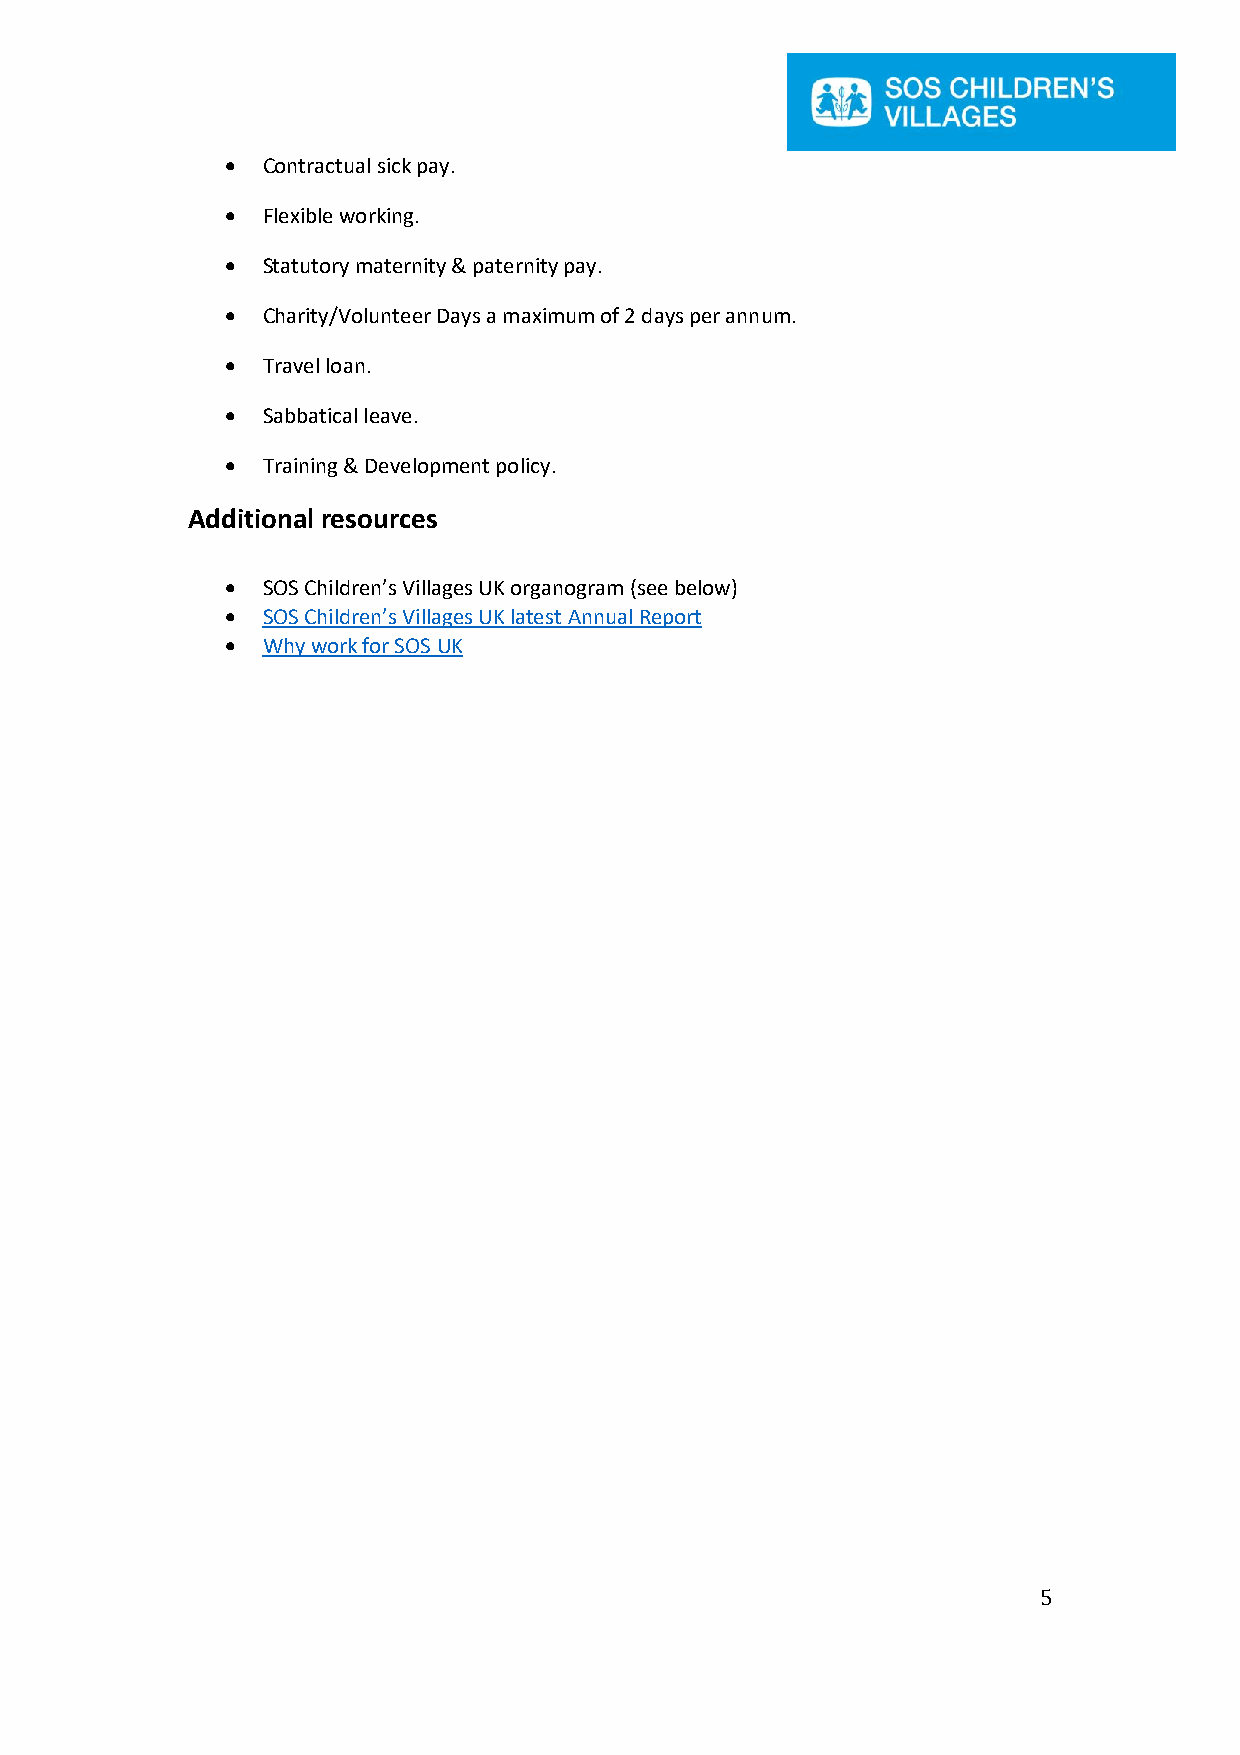
• Contractual sick pay.
 • Flexible working.
 • Statutory maternity & paternity pay.
 • Charity/Volunteer Days a maximum of 2 days per annum.
 • Travel loan.
 • Sabbatical leave.
 • Training & Development policy.
 Additional resources
 • SOS Children’s Villages UK organogram (see below)
 • SOS Children’s Villages UK latest Annual Report
 • Why work for SOS UK
 5